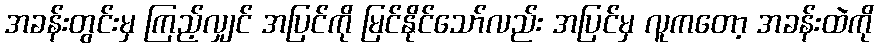
အခန်းတွင်းမှ ကြည့်လျှင် အပြင်ကို မြင်နိုင်သော်လည်း အပြင်မှ လူကတော့ အခန်းထဲကို